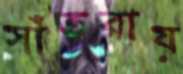
সাঁতরায়